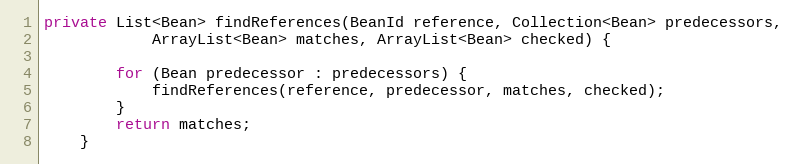
Language: Java
private List<Bean> findReferences(BeanId reference, Collection<Bean> predecessors,
            ArrayList<Bean> matches, ArrayList<Bean> checked) {

        for (Bean predecessor : predecessors) {
            findReferences(reference, predecessor, matches, checked);
        }
        return matches;
    }